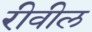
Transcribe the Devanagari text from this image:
रीवील